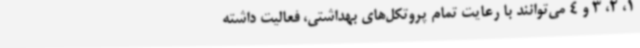
1، 2، 3 و 4 می‌توانند با رعایت تمام پروتکل‌های بهداشتی، فعالیت داشته